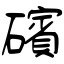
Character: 礗